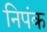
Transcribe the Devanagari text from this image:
निपंक